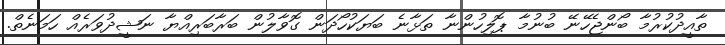
ތާއީދުކުރުމާ ބޯންޖެހޭނޭ ބުނުމާ ޕޮލިހުންނާ ތަޅާނެ ބަޔަކުހޯދަން ގޮވާލުން ބަރާބަރިއްޔާ ނަޝީދުވަރެއް ހަމަނެތް.